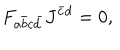
LaTeX: F _ { a \bar { b } c \bar { d } } J ^ { \bar { c } d } = 0 ,